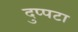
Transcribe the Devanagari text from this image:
दुप्पटा